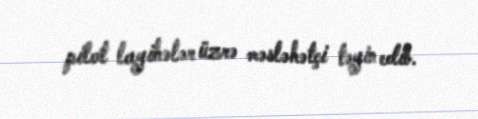
pilot layihələr üzrə məsləhətçi təyin edib.